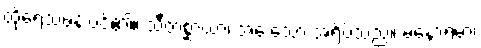
ထိုရေသဖန်းပင်၏။ သီတစ္ဆာယာ၊ အေးသော အရိပ်သည်။ မနောရမာ၊